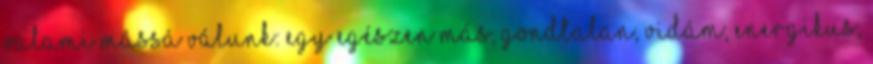
valami mássá válunk: egy egészen más, gondtalan, vidám, energikus,